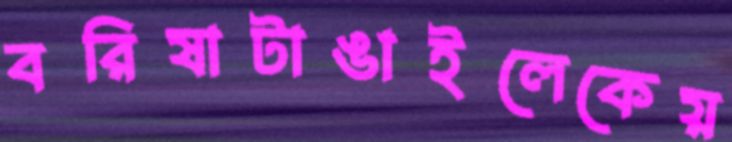
বরিষাটাঙাইলেকেয়